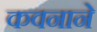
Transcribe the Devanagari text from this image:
कवनाने